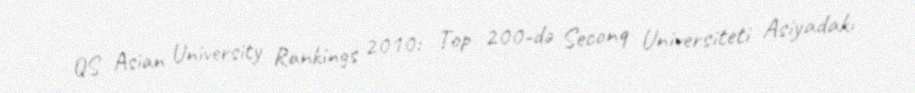
QS Asian University Rankings 2010: Top 200-də Seconq Universiteti Asiyadakı